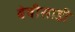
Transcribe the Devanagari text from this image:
बेबीसाडी